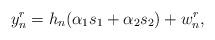
LaTeX: \begin{align*}y^r_{n} = h_n (\alpha_1s_1+\alpha_2s_2)+w^r_{n},\end{align*}